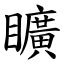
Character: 矌